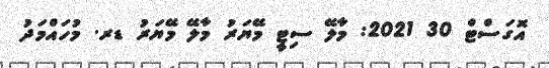
އޮގަސްޓް 30 2021: މާލޭ ސިޓީ މޭޔަރު މާލޭ މޭޔަރު ޑރ. މުހައްމަދު